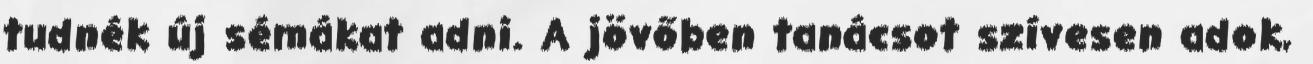
tudnék új sémákat adni. A jövőben tanácsot szívesen adok,